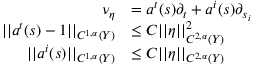
\begin{array} { r l } { \nu _ { \eta } } & { = a ^ { t } ( s ) \partial _ { t } + a ^ { i } ( s ) \partial _ { s _ { i } } } \\ { | | a ^ { t } ( s ) - 1 | | _ { C ^ { 1 , \alpha } ( Y ) } } & { \leq C | | \eta | | _ { C ^ { 2 , \alpha } ( Y ) } ^ { 2 } } \\ { | | a ^ { i } ( s ) | | _ { C ^ { 1 , \alpha } ( Y ) } } & { \leq C | | \eta | | _ { C ^ { 2 , \alpha } ( Y ) } } \end{array}